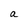
Character: a